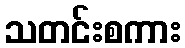
သတင်းစကား